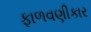
ફાળવણીકાર